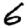
Digit: 6